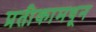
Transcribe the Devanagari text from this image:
प्रतीकामधून